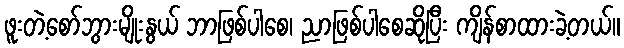
ဖူးတဲ့စော်ဘွားမျိုးနွယ် ဘာဖြစ်ပါစေ၊ ညာဖြစ်ပါစေဆိုပြီး ကျိန်စာထားခဲ့တယ်။